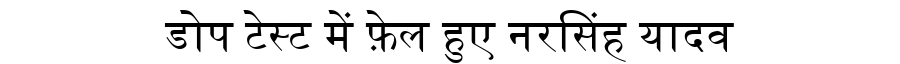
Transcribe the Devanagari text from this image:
डोप टेस्ट में फ़ेल हुए नरसिंह यादव